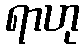
ရာဟု